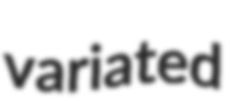
variated